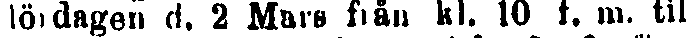
lördagen d. 2 Mars från kl. 10 t. m. till